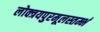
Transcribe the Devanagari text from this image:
लोक्त्रयपुरमूलस्तम्भं